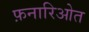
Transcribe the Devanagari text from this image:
फ़नारिओत